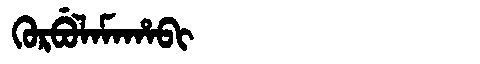
Manchu: ᡴᡠᡵᠪᡠᠯᠠᠮᠠᡥᠠᠪᡳ
Romanization: KURBULAMAHABI